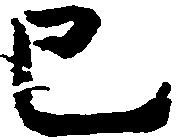
已